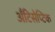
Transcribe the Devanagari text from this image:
अँटिसेप्टिक